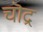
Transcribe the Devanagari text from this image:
चॊद्र